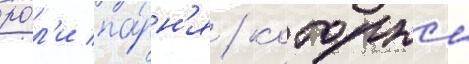
ро́л'и па́рн'я / которыи